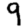
Digit: 9